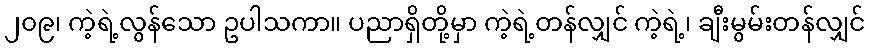
၂၀၉၊ ကဲ့ရဲ့လွန်သော ဥပါသကာ။ ပညာရှိတို့မှာ ကဲ့ရဲ့တန်လျှင် ကဲ့ရဲ့၊ ချီးမွမ်းတန်လျှင်